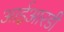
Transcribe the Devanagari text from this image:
आईआरडी